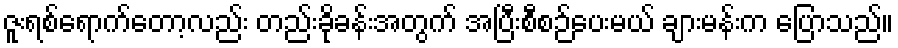
ဇူးရစ်ရောက်တော့လည်း တည်းခိုခန်းအတွက် အပြီးစီစဉ်ပေးမယ် ချားမန်းက ပြောသည်။